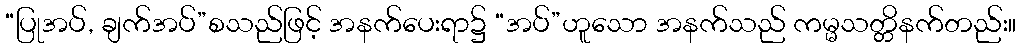
“ပြုအပ်, ချက်အပ်”စသည်ဖြင့် အနက်ပေးရာ၌ “အပ်”ဟူသော အနက်သည် ကမ္မသတ္တိနက်တည်း။